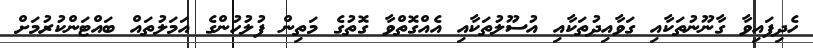
ހެދިފައިވާ ގާނޫނުތަކާއި ގަވާއިދުތަކާއި އުސޫލުތަކާއި އެއްގޮތްވާ ގޮތުގެ މަތިން ފުލުހުންގެ އަމަލުތައް ބައްޓަންކުރުމަށް